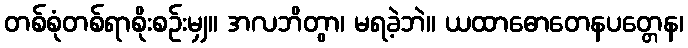
တစ်စုံတစ်ရာစိုးစဉ်းမျှ။ အလဘိတွာ၊ မရခဲ့ဘဲ။ ယထာဓောတေနပတ္တေန၊